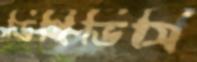
ডিপিডিসি